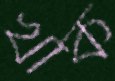
খাক